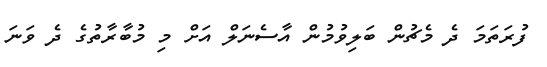
ފުރަތަމަ ދެ މެޗުން ބަލިވުމުން އާސެނަލް އަށް މި މުބާރާތުގެ ދެ ވަނަ